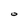
Character: O